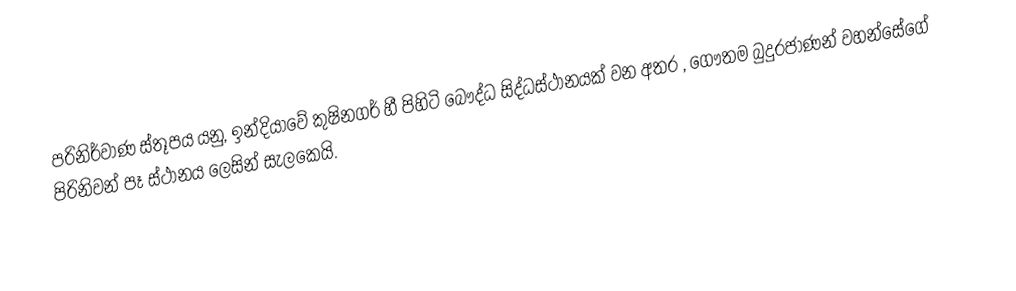
පරිනිර්වාණ ස්තූපය යනු,  ඉන්දියාවේ කුෂිනගර් හී පිහිටි බෞද්ධ සිද්ධස්ථානයක් වන අතර ,  ගෞතම බුදුරජාණන් වහන්සේගේ  පිරිනිවන් පෑ ස්ථානය ලෙසින් සැලකෙයි.